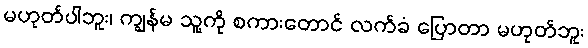
မဟုတ်ပါဘူး၊ ကျွန်မ သူ့ကို စကားတောင် လက်ခံ ပြောတာ မဟုတ်ဘူး